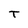
Character: T